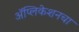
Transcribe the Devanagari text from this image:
अॅप्लिकेशनचा